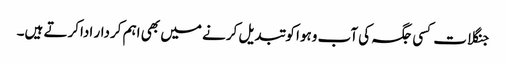
جنگلات کسی جگہ کی آب وہوا کو تبدیل کرنے میں بھی اہم کردار اداکرتے ہیں۔